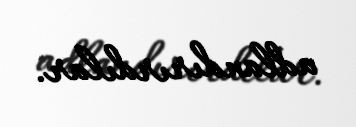
adlandırırdılar.